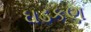
ઘડકણ